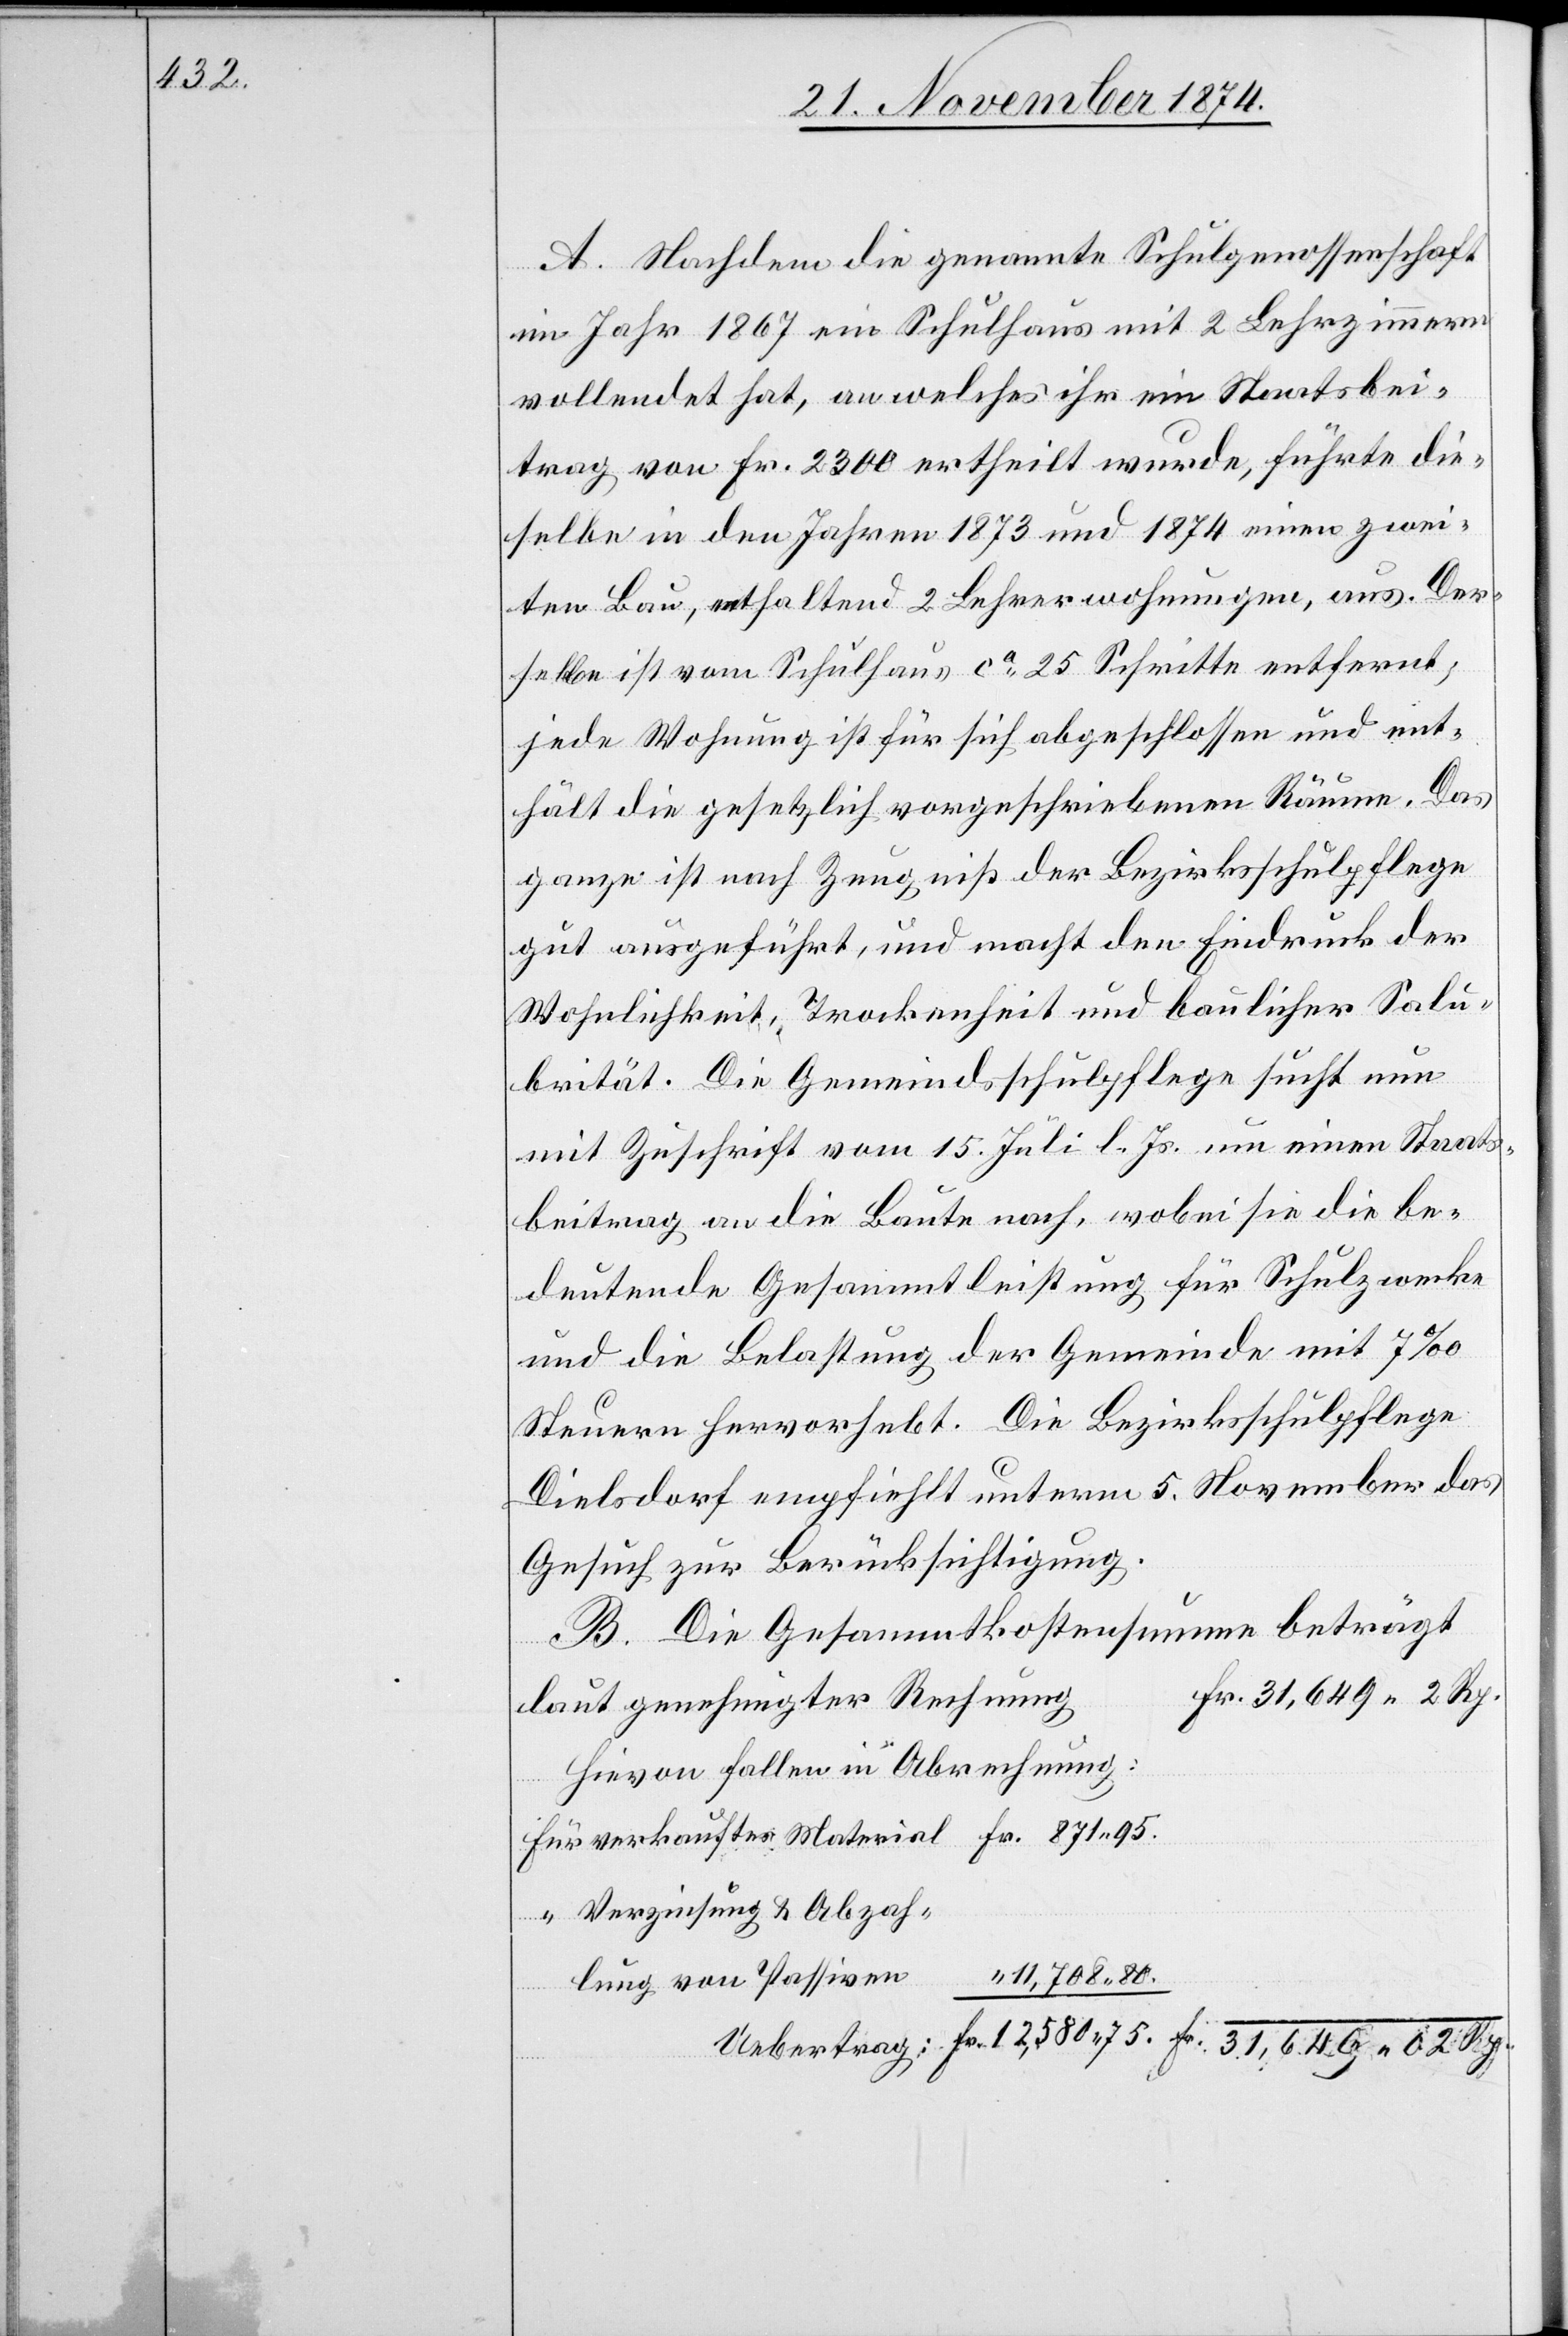
A. Nachdem die genannte Schulgenossenschaft
im Jahr 1867 ein Schulhaus mit 2 Lehrzimmern
vollendet hat, an welches ihr ein Staatsbei¬
trag von Fr. 2300 ertheilt wurde, führte die¬
selbe in den Jahren 1873 und 1874 einen zwei¬
ten Bau, enthaltend 2 Lehrerwohnungen, aus. Der¬
selbe ist vom Schulhaus ca 25 Schritte entfernt;
jede Wohnung ist für sich abgeschlossen und ent¬
hält die gesetzlich vorgeschriebenen Räume. Das
ganze ist nach Zeugniß der Bezirksschulpflege
gut ausgeführt, und macht den Eindruck der
Wohnlichkeit, Trockenheit und baulicher Salu¬
brität. Die Gemeindsschulpflege sucht nun
mit Zuschrift vom 15. Juli d. Js. um einen Staats¬
beitrag an die Baute nach, wobei sie die be¬
deutende Gesammtleistung für Schulzwecke
und die Belastung der Gemeinde mit 7‰
Steuern hervorhebt. Die Bezirksschulpflege
Dielsdorf empfiehlt unterm 5. November das
Gesuch zur Berücksichtigung.
B. Die Gesammtkostensumme beträgt
laut genehmigter Rechnung
Hievon fallen in Abrechnung:
Verzinsung & Abzah¬
11,708.80.
lung von Passiven